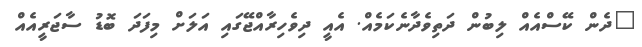
"ދެން ކޭސްއެއް ލިބުން ދަތިވެދާނެކަމެއް. އެއީ ދިވެހިރާއްޖޭގައި އަލަށް މިފަދަ ބޮޑު ސާޖަރީއެއް